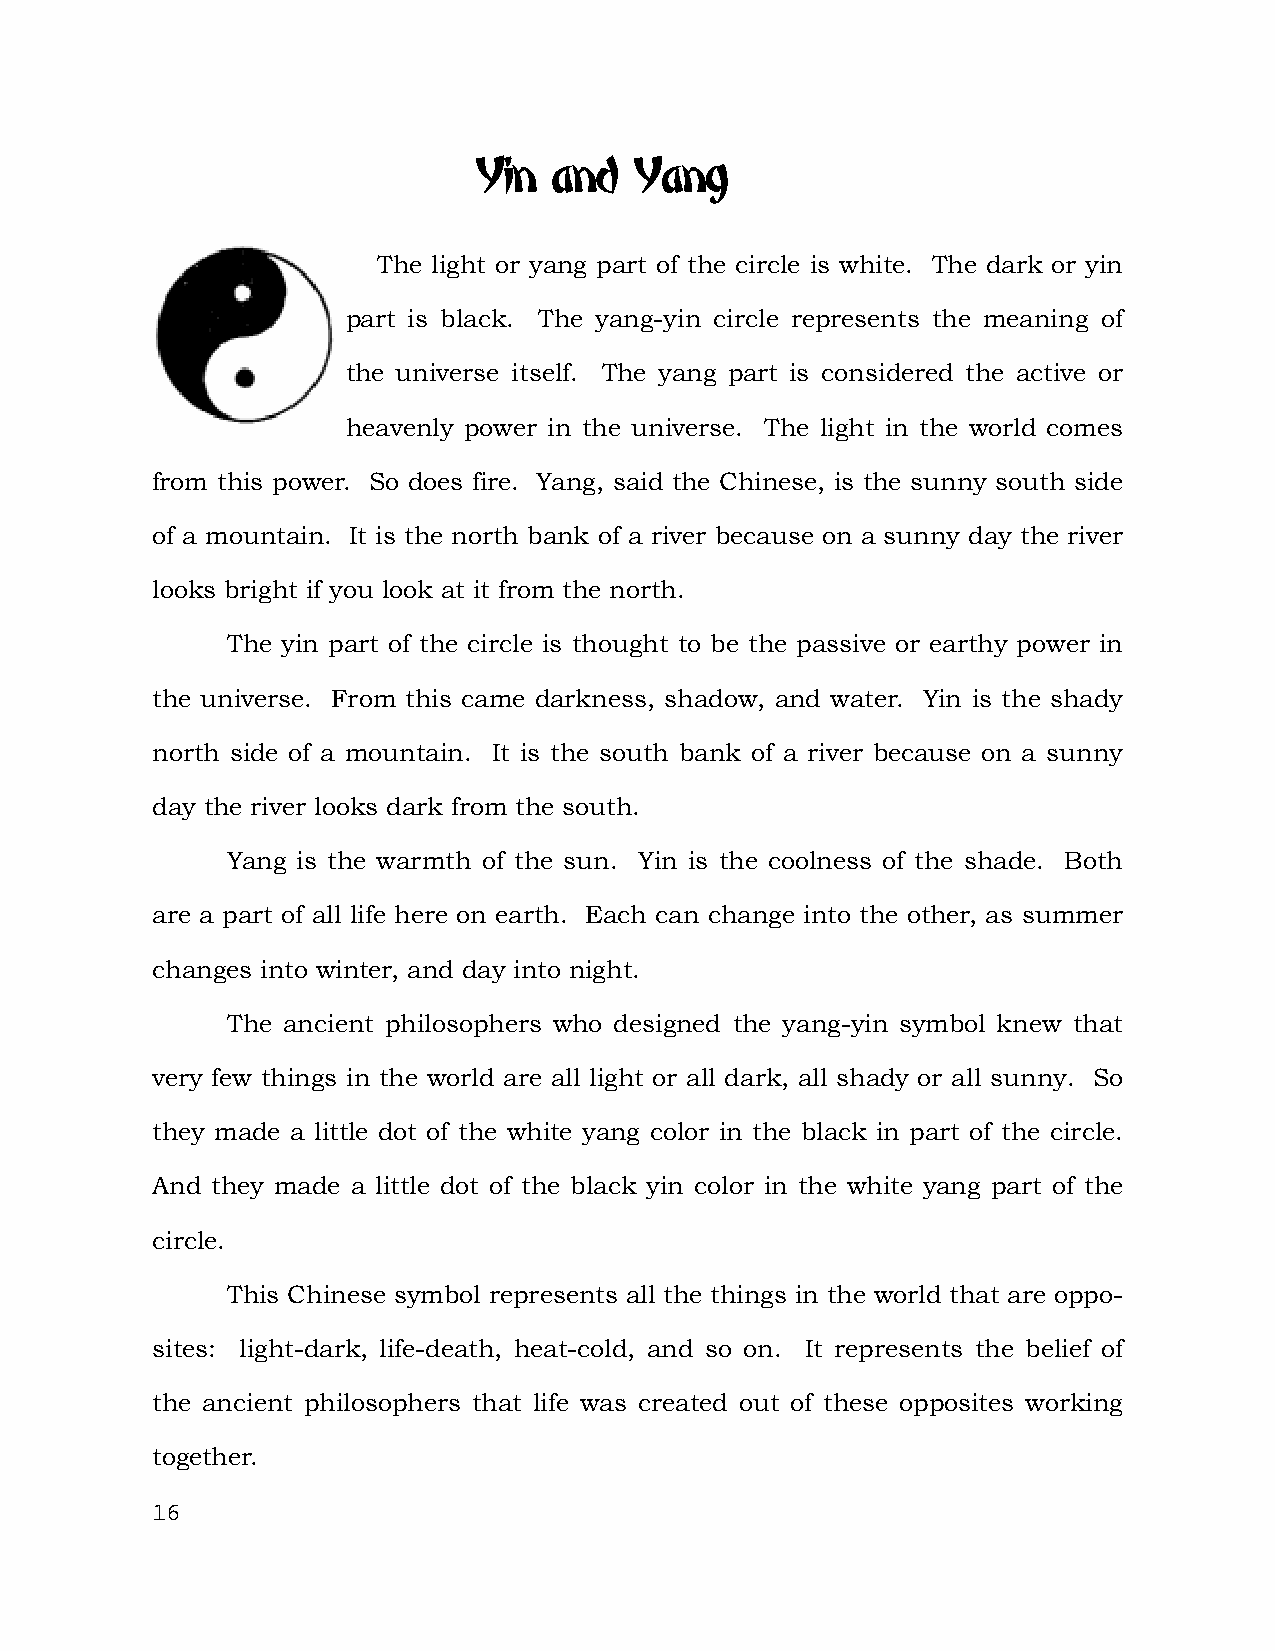
Yin   and  Yang
 The light or yang part of the circle is white. The dark or yin
 part is black. The yang-yin circle represents the meaning of
 the universe itself. The yang part is considered the active or
 heavenly power in the universe. The light in the world comes
 from this power. So does fire. Yang, said the Chinese, is the sunny south side
 of a mountain. It is the north bank of a river because on a sunny day the river
 looks bright if you look at it from the north.
 The yin part of the circle is thought to be the passive or earthy power in
 the universe. From this came darkness, shadow, and water. Yin is the shady
 north side of a mountain. It is the south bank of a river because on a sunny
 day the river looks dark from the south.
 Yang is the warmth of the sun. Yin is the coolness of the shade. Both
 are a part of all life here on earth. Each can change into the other, as summer
 changes into winter, and day into night.
 The ancient philosophers who designed the yang-yin symbol knew that
 very few things in the world are all light or all dark, all shady or all sunny. So
 they made a little dot of the white yang color in the black in part of the circle.
 And they made a little dot of the black yin color in the white yang part of the
 circle.
 This Chinese symbol represents all the things in the world that are oppo-
 sites: light-dark, life-death, heat-cold, and so on. It represents the belief of
 the ancient philosophers that life was created out of these opposites working
 together.
 16